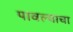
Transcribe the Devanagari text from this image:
पावल्याचा